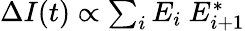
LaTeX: \begin{array}{r}{\Delta I(t)\propto\sum_{i}E_{i}\ E_{i+1}^{*}}\end{array}